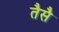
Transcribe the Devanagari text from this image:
तैसै